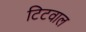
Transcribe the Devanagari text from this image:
टिटवाल